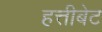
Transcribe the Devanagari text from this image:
हत्तीबेट